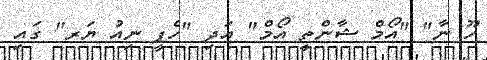
ހޫ ނާ" "އޯމް ޝާންތީ އޯމް" އަދި "ހެޕީ ނިއު ޔަރ" ގައި